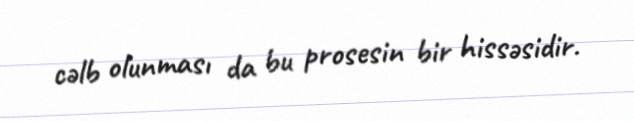
cəlb olunması da bu prosesin bir hissəsidir.